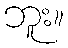
ဘူး။